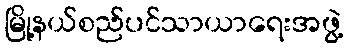
မြို့နယ်စည်ပင်သာယာရေးအဖွဲ့